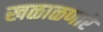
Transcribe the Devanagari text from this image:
खळाळणारे